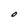
Character: O